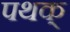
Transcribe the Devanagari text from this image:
पथक्